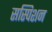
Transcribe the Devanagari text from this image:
सस्पिशन